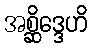
အစ္ဆိဒ္ဒေဟိ